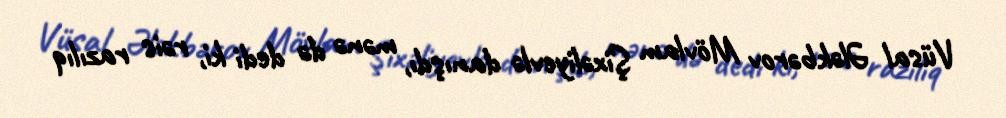
Vüsal Ələkbərov Mövlam Şixəliyevlə danışdı, mənə də dedi ki, rəis razılıq